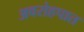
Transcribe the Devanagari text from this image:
अवरोहपात